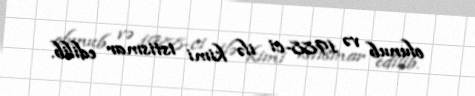
olunub və 1988-ci ilə kimi istismar edilib.